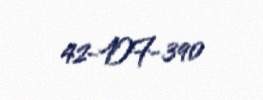
42-DF-390